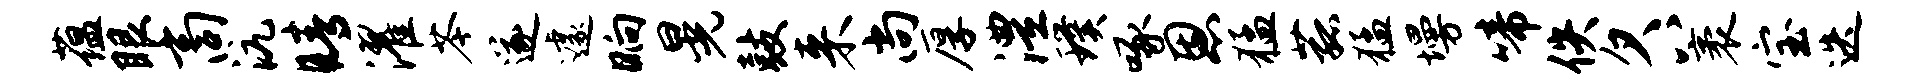
蕴眼商沆睛濯苓遂遽晌晃鼓来尚厚澧璞啄恩猛菰猛墁啼佚欠八袤宝迭